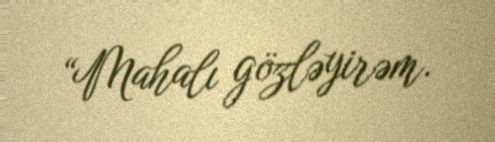
“Mahalı gözləyirəm.